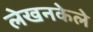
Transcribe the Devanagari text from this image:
लेखनकेले